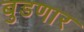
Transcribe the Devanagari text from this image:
बुडणार